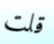
قلت